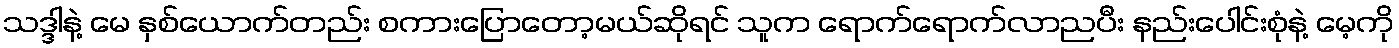
သဒ္ဒါနဲ့ မေ နှစ်ယောက်တည်း စကားပြောတော့မယ်ဆိုရင် သူက ရောက်ရောက်လာညပီး နည်းပေါင်းစုံနဲ့ မေ့ကို